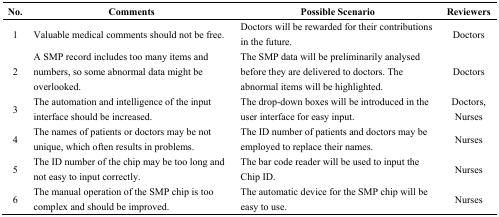
<table><thead><tr><td><b>No.</b></td><td><b>Comments</b></td><td><b>Possible Scenario</b></td><td><b>Reviewers</b></td></tr></thead><tbody><tr><td>1</td><td>Valuable medical comments should not be free.</td><td>Doctors will be rewarded for their contributions in the future.</td><td>Doctors</td></tr><tr><td>2</td><td>A SMP record includes too many items and numbers, so some abnormal data might be overlooked.</td><td>The SMP data will be preliminarily analysed before they are delivered to doctors. The abnormal items will be highlighted.</td><td>Doctors</td></tr><tr><td>3</td><td>The automation and intelligence of the input interface should be increased.</td><td>The drop-down boxes will be introduced in the user interface for easy input.</td><td>Doctors, Nurses</td></tr><tr><td>4</td><td>The names of patients or doctors may be not unique, which often results in problems.</td><td>The ID number of patients and doctors may be employed to replace their names.</td><td>Nurses</td></tr><tr><td>5</td><td>The ID number of the chip may be too long and not easy to input correctly.</td><td>The bar code reader will be used to input the Chip ID.</td><td>Nurses</td></tr><tr><td>6</td><td>The manual operation of the SMP chip is too complex and should be improved.</td><td>The automatic device for the SMP chip will be easy to use.</td><td>Nurses</td></tr></tbody></table>